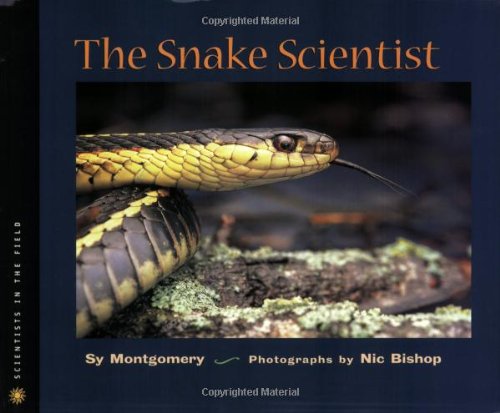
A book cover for The Snake Scientist (Scientists in the Field Series); Sy Montgomery; Children's Books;